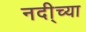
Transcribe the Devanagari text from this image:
नदी्च्या